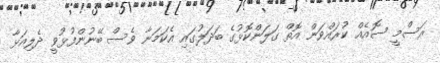
ރަސްމީ ސޮއެއް ކުރައްވަން އޮތް ގަލަންކޮޅުގެ ބަދަލުގައި އެކަމަނާ ވެސް ބޭނުންފުޅުވީ ދެލިއަޅާ